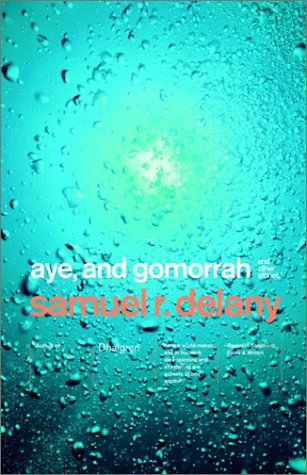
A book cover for Aye, and Gomorrah: And Other Stories; Samuel R. Delany; Science Fiction & Fantasy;